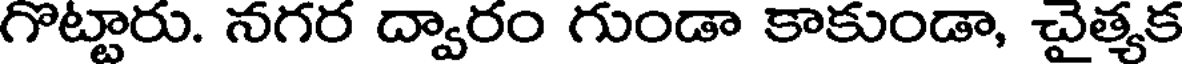
గొట్టారు. నగర ద్వారం గుండా కాకుండా, చైత్యక